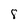
Character: 8